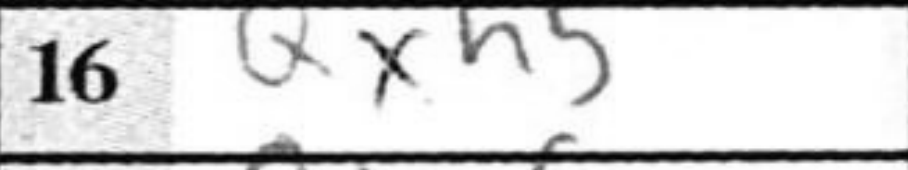
Transcription: Qxh5